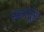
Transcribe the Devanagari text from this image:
स्वर्णद्वीप